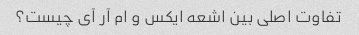
تفاوت اصلی بین اشعه ایکس و ام آر آی چیست؟